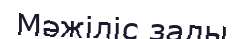
Мәжіліс залы